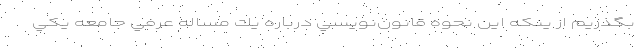
بگذريم از ينكه اين نحوه قانون‌نويسي درباره يك مساله عرفي جامعه يكي